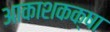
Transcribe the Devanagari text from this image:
आकाशकक्षा